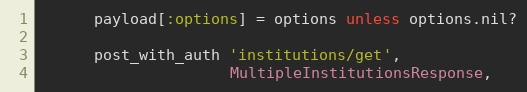
Language: Ruby
      payload[:options] = options unless options.nil?

      post_with_auth 'institutions/get',
                     MultipleInstitutionsResponse,